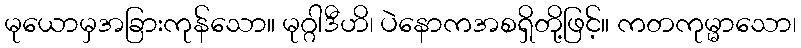
မုယောမှအခြားကုန်သော။ မုဂ္ဂါဒီဟိ၊ ပဲနောကအစရှိတို့ဖြင့်။ ကတကုမ္မာသော၊